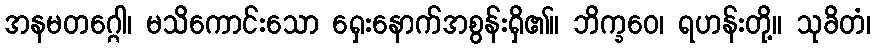
အနမတဂ္ဂေါ၊ မသိကောင်းသော ရှေးနောက်အစွန်းရှိ၏။ ဘိက္ခဝေ၊ ရဟန်းတို့။ သုခိတံ၊